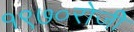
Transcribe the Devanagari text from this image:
१९७०रोजीे